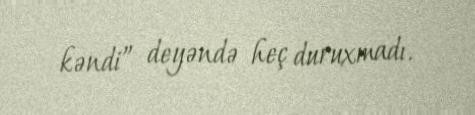
kəndi” deyəndə heç duruxmadı.